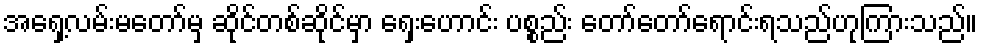
အရှေ့လမ်းမတော်မှ ဆိုင်တစ်ဆိုင်မှာ ရှေးဟောင်း ပစ္စည်း တော်တော်ရောင်းရသည်ဟုကြားသည်။